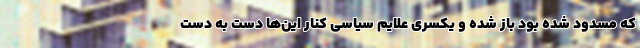
که مسدود شده بود باز شده و یکسری علایم سیاسی کنار این‌ها دست به دست